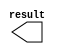
module zero (
	result)/* synthesis synthesis_clearbox = 1 */;

	output	[31:0]  result;

endmodule